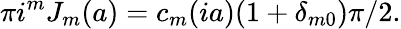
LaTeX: \pi i^{m}J_{m}(a)=c_{m}(ia)(1+\delta_{m0})\pi/2.